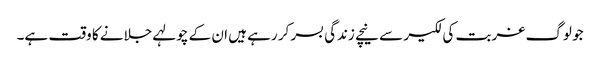
جو لوگ غربت کی لکیر سے نیچے زندگی بسر کر رہے ہیں ان کے چولہے جلانے کا وقت ہے۔